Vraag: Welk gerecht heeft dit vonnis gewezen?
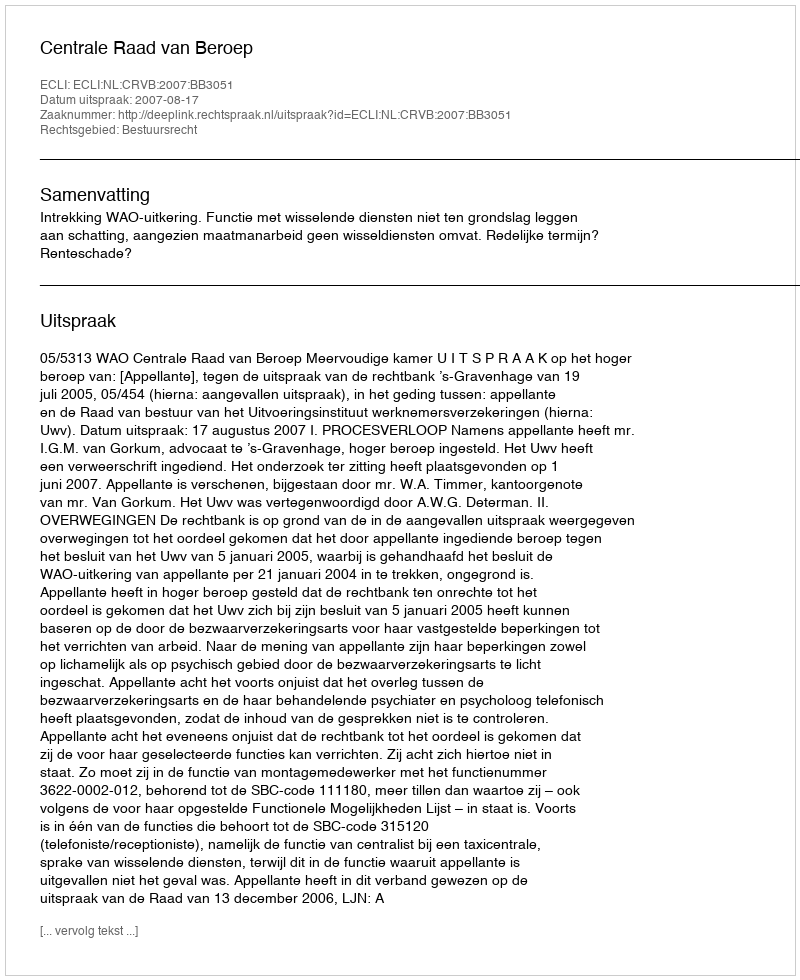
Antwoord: Centrale Raad van Beroep